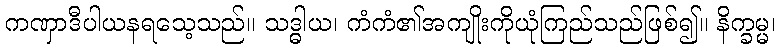
ကဏှာဒီပါယနရသေ့သည်။ သဒ္ဓါယ၊ ကံကံ၏အကျိုးကိုယုံကြည်သည်ဖြစ်၍။ နိက္ခမ္မ၊